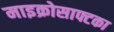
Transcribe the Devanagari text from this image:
माइक्रोसाफ्टका